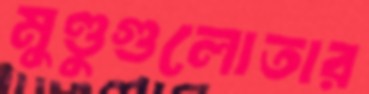
মুণ্ডুগুলোতার